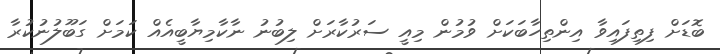
ބޮޑަށް ފިތިފައިވާ އިންތިހާބަކަށް ވުމުން މިއީ ސަރުކާރަށް ލިބުނު ނާކާމިޔާބީއެއް ކަމަށް ގަބޫލުނުކުރާ